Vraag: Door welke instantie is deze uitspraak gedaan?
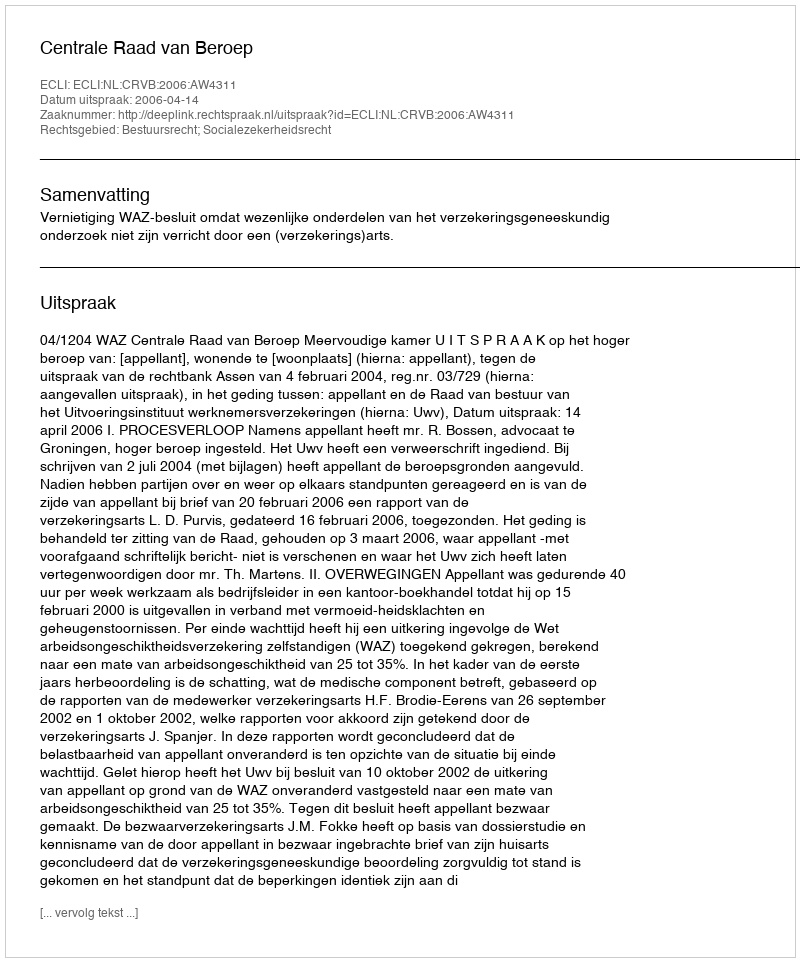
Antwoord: Centrale Raad van Beroep